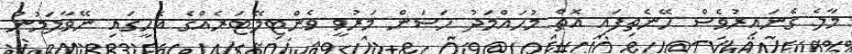
މާލެ ގެނައިރުވެސް ހޭނެތިފައި އޮތް މުޙައްމަދު ޙަސަން މަރުވީ ވެންޓިލޭޓަރެއްގެ އެހީގައި ނޭވާލަމުން